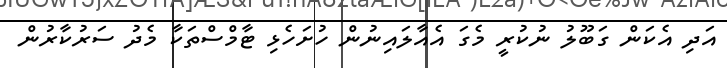
އަދި އެކަން ގަބޫލު ނުކުރީ މެގަ އެއާލައިނުން ހުށަހެޅި ޓާމްސްތަކާ މެދު ސަރުކާރުން